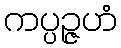
ကပ္ပဉ္ဇဟံ